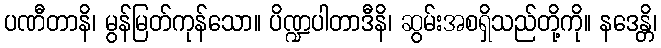
ပဏီတာနိ၊ မွန်မြတ်ကုန်သော။ ပိဏ္ဍပါတာဒီနိ၊ ဆွမ်းအစရှိသည်တို့ကို။ နဒေန္တိ၊